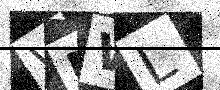
Text: WIWL